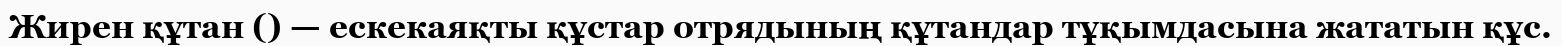
Жирен құтан () — ескекаяқты құстар отрядының құтандар тұқымдасына жататын құс.